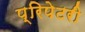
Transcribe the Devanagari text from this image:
प्रिपेटरी